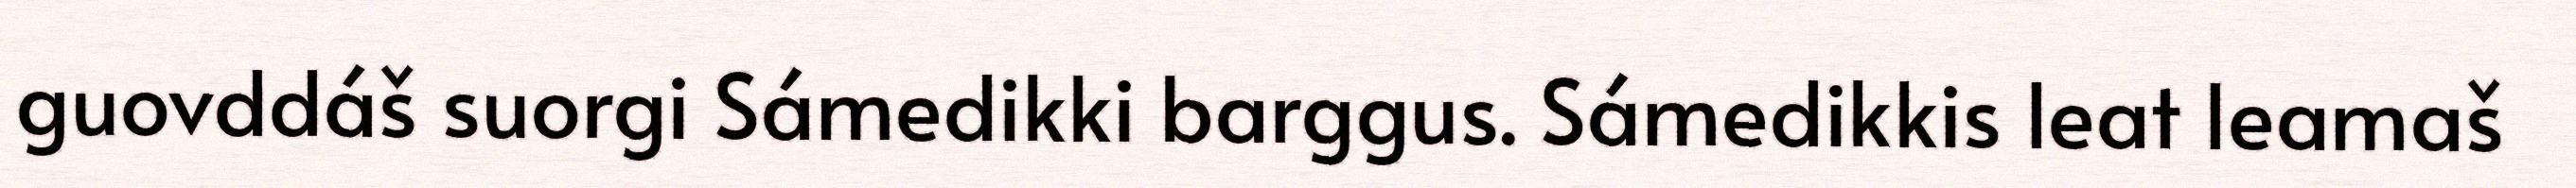
guovddáš suorgi Sámedikki barggus. Sámedikkis leat leamaš